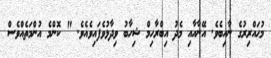
މުޙައްރިރުގެ ނާއިބެވެ. އޭނާއާއި މެދު އިބްރާހިމް ޝިހާބު ވިދާޅުވެފައިވެއެވެ. " ކޮންމެ އުންމަތެއްވެސް